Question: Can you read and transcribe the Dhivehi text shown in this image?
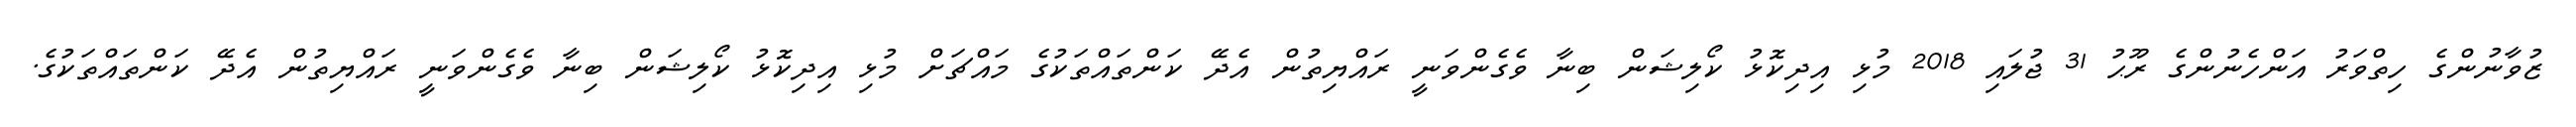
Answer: ޒުވާނުންގެ ހިތްވަރު އަންހެނުންގެ ރޫޙު 31 ޖުލައި 2018 މުޅި އިދިކޮޅު ކޯލިޝަން ބިނާ ވެގެންވަނީ ރައްޔިތުން އެދޭ ކަންތައްތަކުގެ މައްޗަށް މުޅި އިދިކޮޅު ކޯލިޝަން ބިނާ ވެގެންވަނީ ރައްޔިތުން އެދޭ ކަންތައްތަކުގެ.